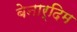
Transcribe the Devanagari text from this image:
बेनार्दिम